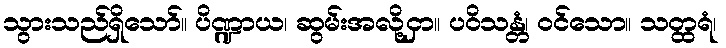
သွားသည်ရှိသော်။ ပိဏ္ဍာယ၊ ဆွမ်းအလို့ငှာ။ ပဝိသန္တံ၊ ဝင်သော။ သတ္ထရံ၊